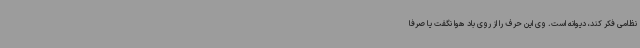
نظامی فکر کند، دیوانه است. وی این حرف را از روی باد هوا نگفت یا صرفا